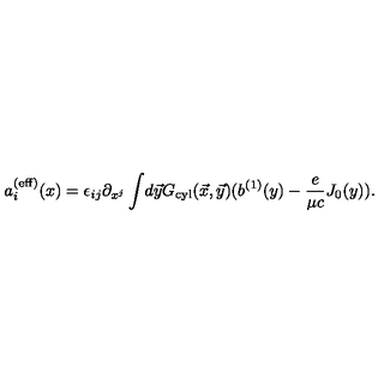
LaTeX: a _ { i } ^ { ( \mathrm { e f f } ) } ( x ) = \epsilon _ { i j } \partial _ { x ^ { j } } \int \! d \vec { y } { G } _ { \mathrm { c y l } } ( \vec { x } , \vec { y } ) ( b ^ { ( 1 ) } ( y ) - { \frac { e } { \mu c } } J _ { 0 } ( y ) ) .